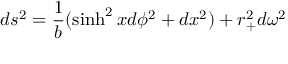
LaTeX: d s ^ { 2 } = { \frac { 1 } { b } } ( \sinh ^ { 2 } x d \phi ^ { 2 } + d x ^ { 2 } ) + r _ { + } ^ { 2 } d \omega ^ { 2 }